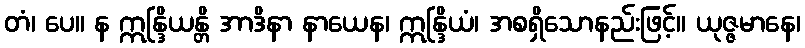
တံ၊ ပေ။ န ဣန္ဒြိယန္တိ အာဒိနာ နာယေန၊ ဣန္ဒြိယံ၊ အစရှိသောနည်းဖြင့်။ ယုဇ္ဇမာနေ၊